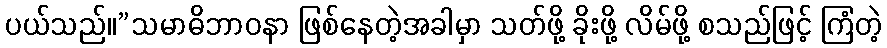
ပယ်သည်။”သမာဓိဘာဝနာ ဖြစ်နေတဲ့အခါမှာ သတ်ဖို့ ခိုးဖို့ လိမ်ဖို့ စသည်ဖြင့် ကြံတဲ့